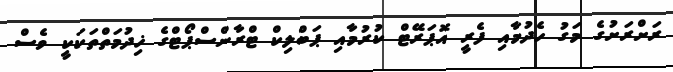
ރަށްރަށުގެ މަގު ހެދުމާއި ފެރީ އޮޕަރޭޓް ކުރުމާއި ޕަބްލިކް ޓްރާންސްޕޯޓްގެ ޚިދުމަތްތަކަކީ ވެސް